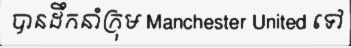
បានដឹកនាំក្រុម Manchester United ទៅ